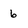
Character: 6